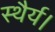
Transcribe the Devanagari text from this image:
स्थैर्य।